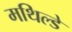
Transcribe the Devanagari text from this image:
मथिल्डे